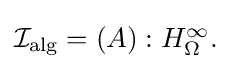
{\textstyle {\mathcal {I}}_{\text{alg}}=(A):H_{\Omega }^{\infty }.}